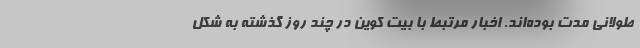
طولانی مدت بوده‌اند. اخبار مرتبط با بیت کوین در چند روز گذشته به شکل